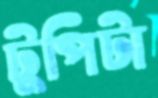
টুপিটা